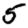
Digit: 5